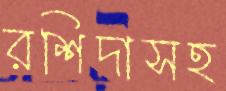
রশিদাসহ